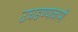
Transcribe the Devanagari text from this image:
उघडण्याकामी